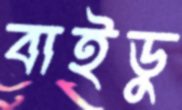
বাইডু